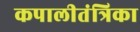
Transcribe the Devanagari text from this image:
कपालीतंत्रिका